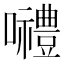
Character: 𡅏